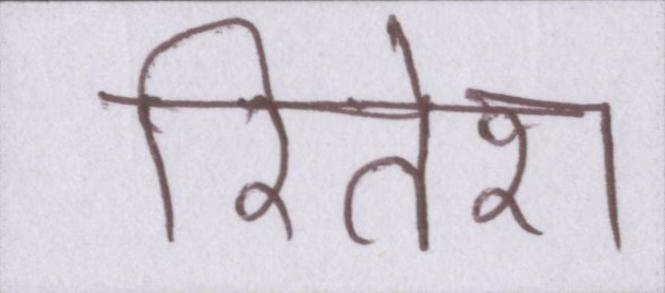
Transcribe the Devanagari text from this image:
रितेश